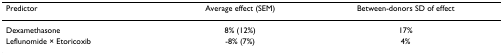
| Predictor | Average effect (SEM) | Between-donors SD of effect |
 | --- | --- | --- |
 | Dexamethasone | 8% (12%) | 17% |
 | Leflunomide × Etoricoxib | -8% (7%) | 4% |